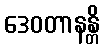
ဒေဝတာနန္တိ